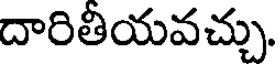
దారితీయవచ్చు.